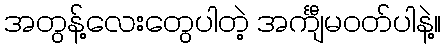
အတွန့်လေးတွေပါတဲ့ အင်္ကျီမဝတ်ပါနဲ့။